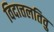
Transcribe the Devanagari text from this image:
विदात्तलतिवु